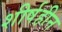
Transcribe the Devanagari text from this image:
शीर्षहीन